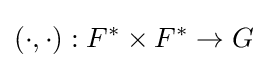
(\cdot ,\cdot ):F^{*}\times F^{*}\rightarrow G